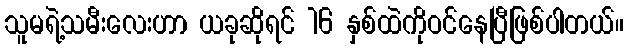
သူမရဲ့သမီးလေးဟာ ယခုဆိုရင် 16 နှစ်ထဲကိုဝင်နေပြီဖြစ်ပါတယ်။